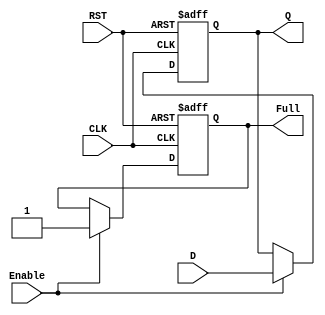
module BarrierRegister #(
    parameter DATA_WIDTH = 8 // Parameter for data width
)(
    input wire [DATA_WIDTH-1:0] D,      // Data input
    input wire Enable,                    // Control signal to load data
    input wire CLK,                       // Clock signal
    input wire RST,                       // Asynchronous reset signal
    output reg [DATA_WIDTH-1:0] Q,       // Data output
    output reg Full                       // Status flag indicating if the register is loaded
);

    // Asynchronous reset and data loading
    always @(posedge CLK or posedge RST) begin
        if (RST) begin
            Q <= 0;                        // Clear the register on reset
            Full <= 0;                    // Reset the Full flag
        end else if (Enable) begin
            Q <= D;                       // Load data into the register
            Full <= 1;                    // Set the Full flag
        end
    end

    // Optional: Logic to clear the Full flag if needed
    always @(posedge CLK) begin
        if (Enable) begin
            // You can add conditions to clear the Full flag based on your requirements
            // For example, if you want to clear it after reading the data
            // Full <= 0; // Uncomment if needed
        end
    end

endmodule